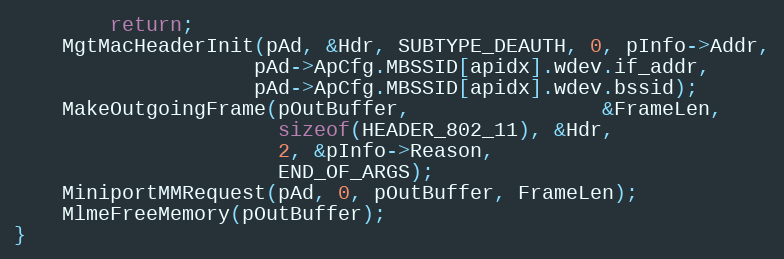
Language: C
		return;
	MgtMacHeaderInit(pAd, &Hdr, SUBTYPE_DEAUTH, 0, pInfo->Addr,
					pAd->ApCfg.MBSSID[apidx].wdev.if_addr,
					pAd->ApCfg.MBSSID[apidx].wdev.bssid);
	MakeOutgoingFrame(pOutBuffer,				&FrameLen,
					  sizeof(HEADER_802_11), &Hdr,
					  2, &pInfo->Reason,
					  END_OF_ARGS);
	MiniportMMRequest(pAd, 0, pOutBuffer, FrameLen);
	MlmeFreeMemory(pOutBuffer);
}